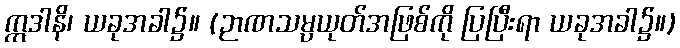
ဣဒါနိ၊ ယခုအခါ၌။ (ဉာဏသမ္ပယုတ်အဖြစ်ကို ပြပြီးရာ ယခုအခါ၌။)